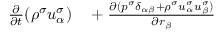
\begin{array} { r } { \begin{array} { r l } { \frac { \partial } { \partial t } ( \rho ^ { \sigma } u _ { \alpha } ^ { \sigma } ) } & { { } + \frac { \partial ( p ^ { \sigma } \delta _ { \alpha \beta } + \rho ^ { \sigma } u _ { \alpha } ^ { \sigma } u _ { \beta } ^ { \sigma } ) } { \partial r _ { \beta } } } \end{array} } \end{array}